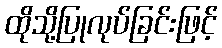
ထိုသို့ပြုလုပ်ခြင်းဖြင့်